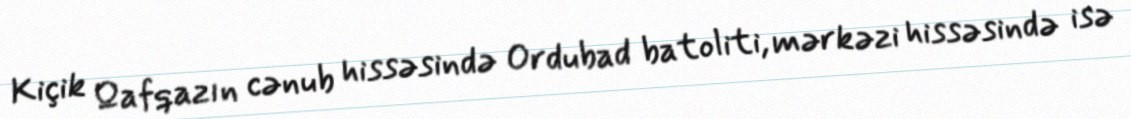
Kiçik Qafqazın cənub hissəsində Ordubad batoliti, mərkəzi hissəsində isə